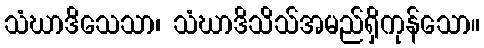
သံဃာဒိသေသာ၊ သံဃာဒိသိသ်အမည်ရှိကုန်သော။